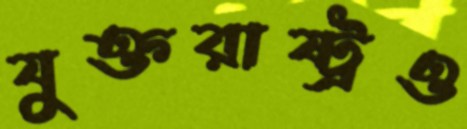
যুক্তরাষ্ট্রও